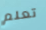
تعلم